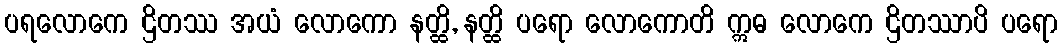
ပရလောကေ ဌိတဿ အယံ လောကော နတ္ထိ, နတ္ထိ ပရော လောကောတိ ဣဓ လောကေ ဌိတဿာပိ ပရော